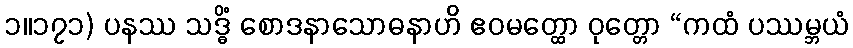
၁။၁၇၁) ပနဿ သဒ္ဓိံ စောဒနာသောဓနာဟိ ဧဝမတ္ထော ဝုတ္တော “ကထံ ပဿမ္ဘယံ